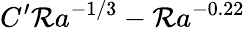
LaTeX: C^{\prime}\mathcal{R}a^{-1/3}-\mathcal{R}a^{-0.22}